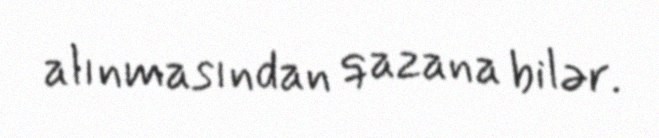
alınmasından qazana bilər.